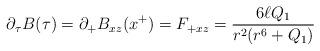
LaTeX: \begin{align*}\partial_\tau B(\tau)= \partial_{+} B_{xz}(x^+)=F_{+xz}= {6 \ell Q_1\over r^2 (r^6+Q_1)}\end{align*}